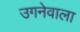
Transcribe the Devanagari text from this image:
उगनेवाला